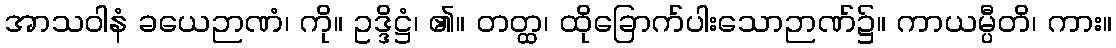
အာသဝါနံ ခယေဉာဏံ၊ ကို။ ဥဒ္ဒိဋ္ဌံ၊ ၏။ တတ္ထ၊ ထိုခြောက်ပါးသောဉာဏ်၌။ ကာယမ္ပီတိ၊ ကား။